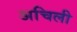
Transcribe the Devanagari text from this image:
अचिली